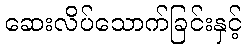
ဆေးလိပ်သောက်ခြင်းနှင့်